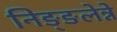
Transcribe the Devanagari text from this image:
निङ्ङलेन्ने